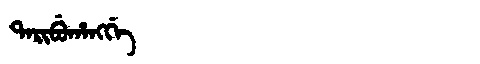
Manchu: ᡨᠠᡵᡳᠪᡠᡥᠠᠩᡤᡝ
Romanization: TARIBUHANGGE